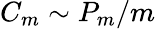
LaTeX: C_{m}\sim P_{m}/m